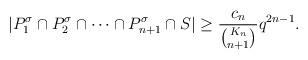
LaTeX: \begin{align*} |P^{\sigma}_{1}\cap P^{\sigma}_{2}\cap\dots\cap P^{\sigma}_{n+1}\cap S|\geq\frac{c_{n}}{\binom{K_{n}}{n+1}}q^{2n-1}. \end{align*}